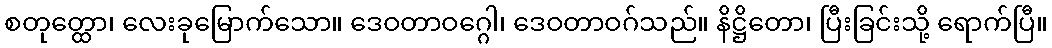
စတုတ္ထော၊ လေးခုမြောက်သော။ ဒေဝတာဝဂ္ဂေါ၊ ဒေဝတာဝဂ်သည်။ နိဋ္ဌိတော၊ ပြီးခြင်းသို့ ရောက်ပြီ။